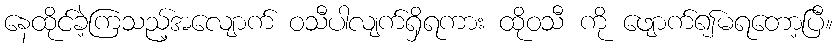
နေထိုင်ခဲ့ကြသည့်အလျောက် ဝသီပါလျက်ရှိရကား ထိုဝသီ ကို ဖျောက်၍မရတော့ပြီ။